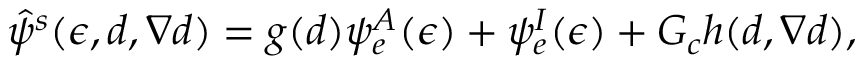
\hat { \psi } ^ { s } ( \boldsymbol { \epsilon } , d , \nabla { d } ) = g ( d ) \psi _ { e } ^ { A } ( \boldsymbol { \epsilon } ) + \psi _ { e } ^ { I } ( \boldsymbol { \epsilon } ) + G _ { c } h ( d , \nabla { d } ) ,